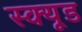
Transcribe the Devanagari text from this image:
स्क्यूड